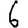
Digit: 6